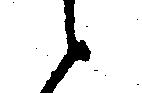
と